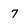
Character: 7